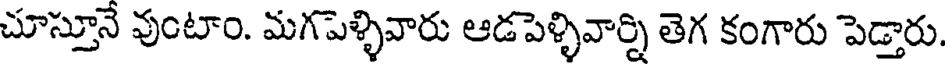
చూస్తూనే వుంటాం. మగపెళ్ళివారు ఆడపెళ్ళివార్ని తెగ కంగారు పెడ్తారు.